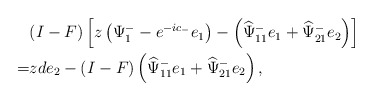
\begin{align*}\begin{aligned}&(I-F)\left[z\left(\Psi^{-}_1-e^{-ic_-}e_1\right)-\left(\widehat{\Psi}^-_{11} e_1+\widehat{\Psi}^-_{21} e_{2}\right)\right]\\=&zde_{2}-(I-F)\left(\widehat{\Psi}^-_{11} e_1+\widehat{\Psi}^-_{21} e_2\right),\end{aligned}\end{align*}